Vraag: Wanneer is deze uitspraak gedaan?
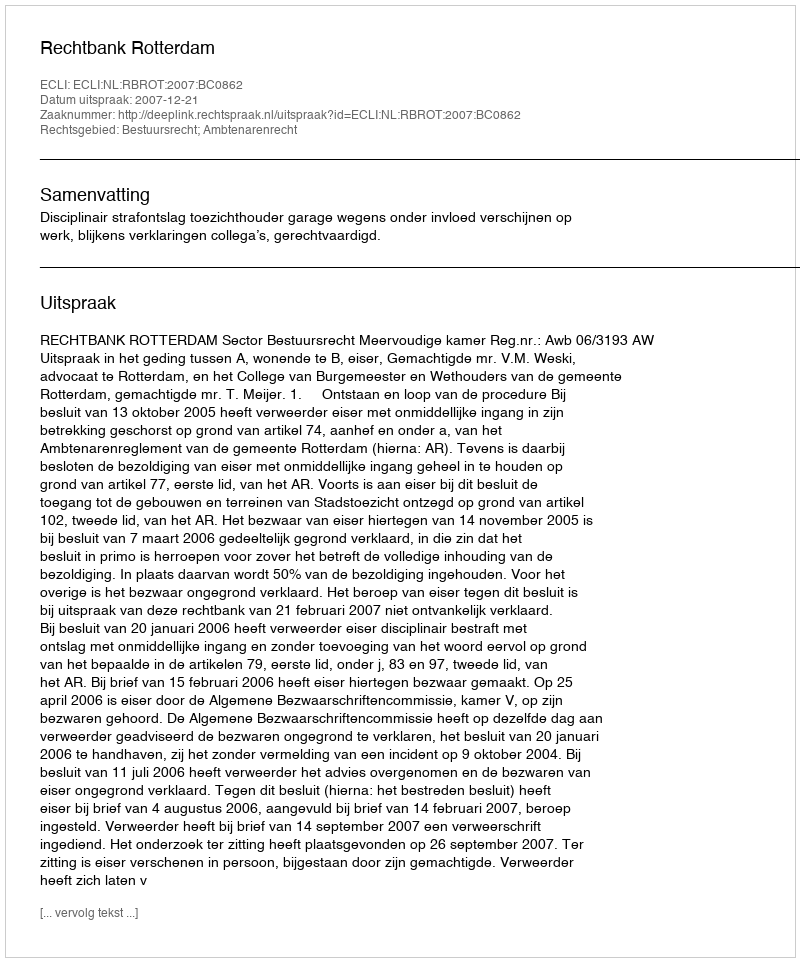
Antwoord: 2007-12-21